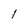
Character: 1